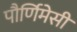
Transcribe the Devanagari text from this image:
पौर्णिमेसी